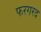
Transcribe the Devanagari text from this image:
फरगरद